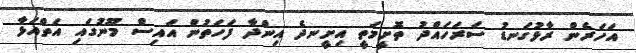
އަހަރެން ރާޅުގަނޑު ސަރަހައްދު ތޮށީމަތީ އިށީނދެ އިންދާ ފަހަތުން އައިސް މޫނުގައި އަތްއަޅާ